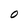
Character: O